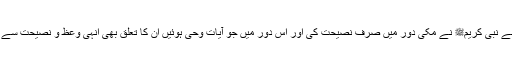
جیسے نبی کریمﷺ نے مکی دور میں صرف نصیحت کی اور اس دور میں جو آیات وحی ہوئیں ان کا تعلق بھی انہی وعظ و نصیحت سے تھا۔